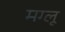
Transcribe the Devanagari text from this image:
मग्लू